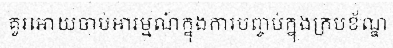
គួរអោយចាប់អារម្មណ៍ក្នុងការបញ្ចប់ក្នុងក្របខ័ណ្ឌ